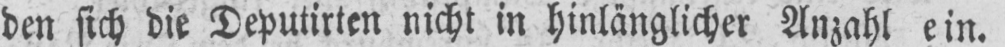
den sich die Deputirten nicht in hinlänglicher Anzahl ein.